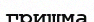
гришма